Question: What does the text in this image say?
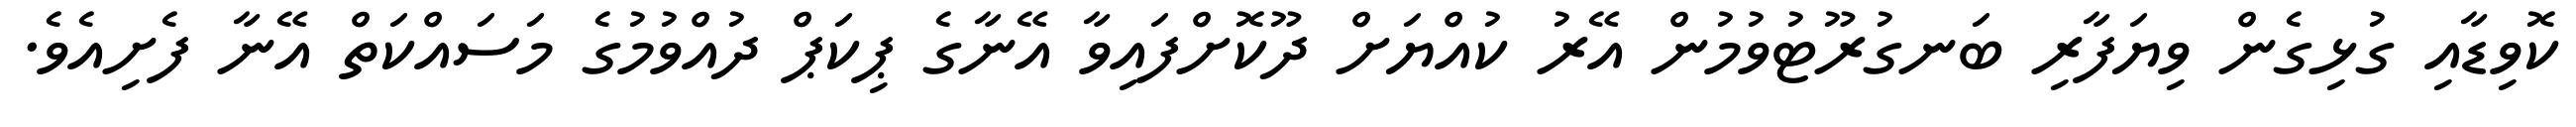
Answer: ކޮވިޑާއި ގުޅިގެން ވިޔަފާރި ބަނގުރޫޓުވުމުން އޭރު ކުއްޔަށް ދޫކޮށްފައިވާ އޭނާގެ ޕިކަޕް ދުއްވުމުގެ މަސައްކަތް އޭނާ ފެށިއެވެ.